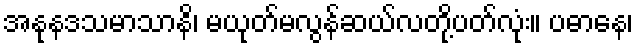
အနုနဒသမာသာနိ၊ မယုတ်မလွန်ဆယ်လတို့ပတ်လုံး။ ပဓာနေ၊